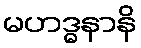
မဟဒ္ဓနာနိ